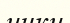
ички